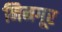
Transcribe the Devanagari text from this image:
निनगूर